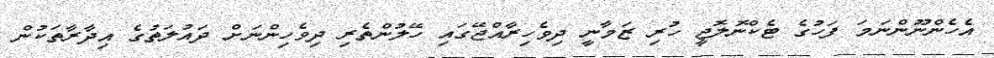
އެހެންނޫންނަމަ ފަހުގެ ޓެކްނޮލޮޖީ ހުރި ޒަމާނީ ދިވެހިރާއްޖޭގައި ހޭލުންތެރި ދިވެހިންނަށް ދައުލަތުގެ އިދާރާތަކުން